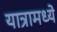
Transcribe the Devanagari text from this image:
यात्रामध्ये